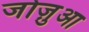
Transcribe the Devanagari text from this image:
जोज़ुआ